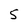
Character: 5